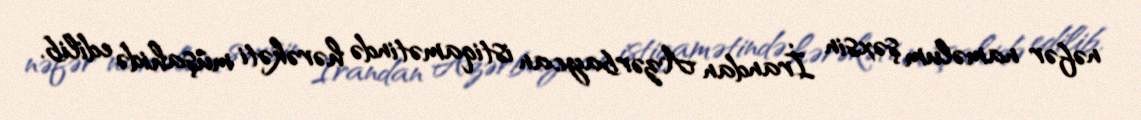
nəfər naməlum şəxsin İrandan Azərbaycan istiqamətində hərəkəti müşahidə edilib.